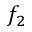
f _ { 2 }